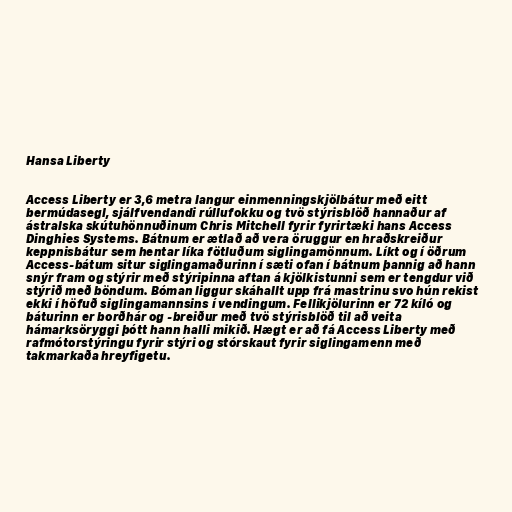
Hansa Liberty

Access Liberty er 3,6 metra langur einmenningskjölbátur með eitt
bermúdasegl, sjálfvendandi rúllufokku og tvö stýrisblöð hannaður af
ástralska skútuhönnuðinum Chris Mitchell fyrir fyrirtæki hans Access
Dinghies Systems. Bátnum er ætlað að vera öruggur en hraðskreiður
keppnisbátur sem hentar líka fötluðum siglingamönnum. Líkt og í öðrum
Access-bátum situr siglingamaðurinn í sæti ofan í bátnum þannig að hann
snýr fram og stýrir með stýripinna aftan á kjölkistunni sem er tengdur við
stýrið með böndum. Bóman liggur skáhallt upp frá mastrinu svo hún rekist
ekki í höfuð siglingamannsins í vendingum. Fellikjölurinn er 72 kíló og
báturinn er borðhár og -breiður með tvö stýrisblöð til að veita
hámarksöryggi þótt hann halli mikið. Hægt er að fá Access Liberty með
rafmótorstýringu fyrir stýri og stórskaut fyrir siglingamenn með
takmarkaða hreyfigetu.